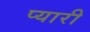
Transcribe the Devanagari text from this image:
प्‍यारी